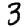
Digit: 3